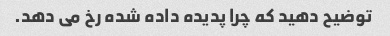
توضیح دهید که چرا پدیده داده شده رخ می دهد.